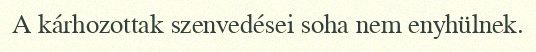
A kárhozottak szenvedései soha nem enyhülnek.